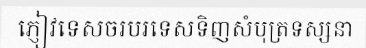
ភ្ញៀវទេសចរបរទេសទិញសំបុត្រទស្សនា